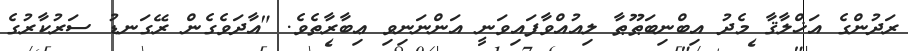
ރަދުންގެ އަޚްލާޤާ މެދު އިބްނިބަޠޫޠާ ލިއުއްވާފައިވަނީ އަންނަނިވި ޢިބާރާތެވެ. "އާދަވެގެން ރޭގަނޑު ސަރުކާރުގެ